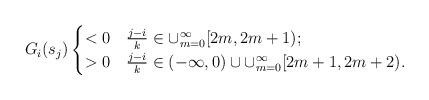
LaTeX: \begin{align*}G_i(s_j)\begin{cases}<0&\frac{j-i}k\in \cup_{m=0}^{\infty}[2m,2m+1);\\>0&\frac{j-i}k\in (-\infty,0)\cup\cup_{m=0}^{\infty}[2m+1,2m+2).\end{cases}\end{align*}